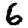
Digit: 6